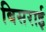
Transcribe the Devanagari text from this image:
बिसराई